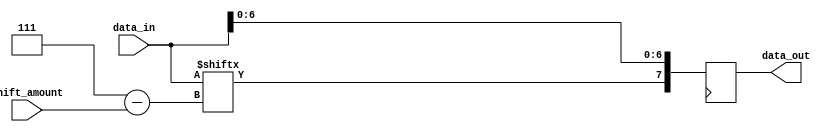
module barrel_shifter (
    input [7:0] data_in,
    input [3:0] shift_amount,
    output reg [7:0] data_out
);

reg [7:0] temp;

always @(*) begin
    temp[7] = data_in[(7-shift_amount)];
    temp[6:0] = data_in[(6-shift_amount):0];
end

always @(posedge clk) begin
    data_out <= temp;
end

endmodule